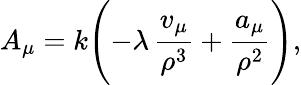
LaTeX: A_{\mu}=k\Biggl(-\lambda\, \frac{v_{\mu}}{\rho^{3}}+\frac{a_{\mu}}{\rho^{2}}\Biggr),